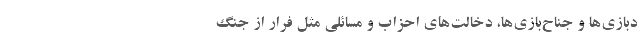
دبازی‌ها و جناح‌بازی‌ها، دخالت‌های احزاب و مسائلی مثل فرار از جنگ